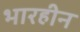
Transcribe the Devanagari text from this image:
भारहीन